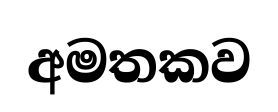
අමතකව